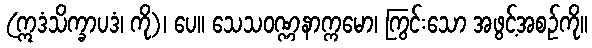
(ဣဒံသိက္ခာပဒံ၊ ကို)၊ ပေ။ သေသဝဏ္ဏနာက္ကမော၊ ကြွင်းသော အဖွင့်အစဉ်ကို။